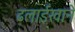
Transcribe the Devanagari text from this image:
ढलाईखाने